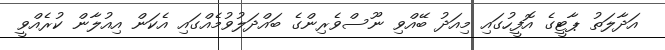
އަދާލަތު ޕާޓީގެ އޮފީހުގައި މިއަދު ބޭއްވި ނޫސްވެރިންގެ ބައްދަލުވުމެއްގައި އެކަން އިއުލާން ކުރެއްވީ